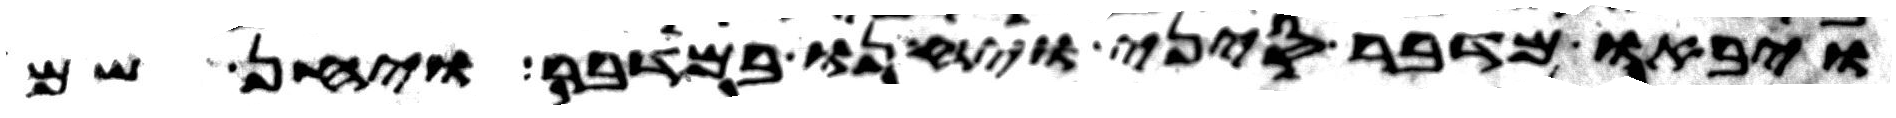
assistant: ויבאו מדבר סיני ויחנו במדבר ויחן שם